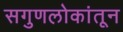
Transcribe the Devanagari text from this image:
सगुणलोकांतून